Report on vaccination in Madras 1895-1903 - 1895-1903
Year: 1895
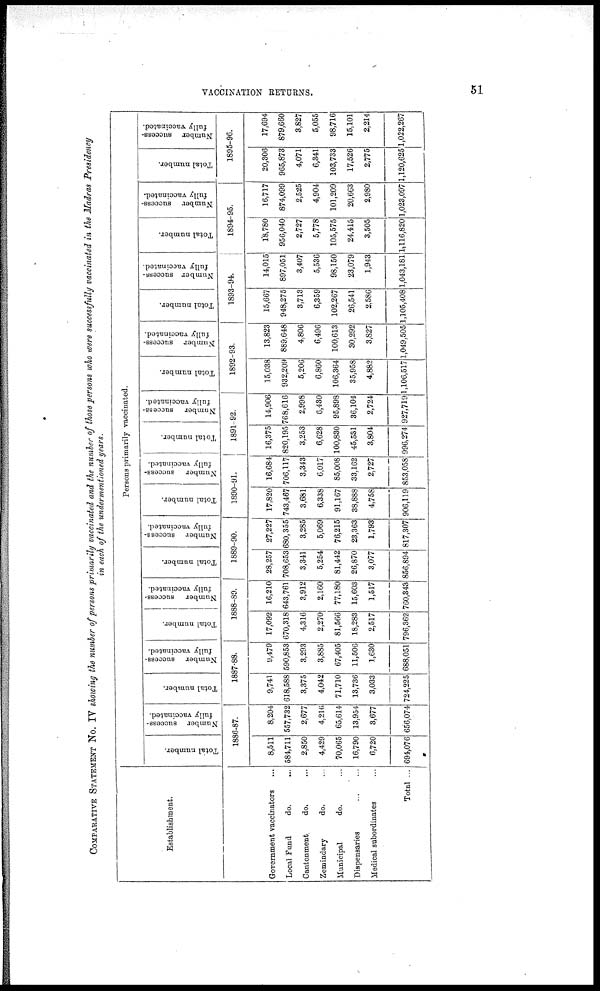
VACCINATION RETURNS.
51
COMPARATIVE STATEMENT No. IV showing the number of persons primarily vaccinated and the number of those persons who were successfully vaccinated in the Madras Presidency
in each of the undermentioned years.
Establishment.
Government vaccinators ...
Local Fund
do. ...
Cantonment.
do. ...
Zemindary
do. ...
Municipal
do. ...
Dispensaries
...
...
Medical subordinates ...
Total ...
Persons primarily vaccinated.
Total number.
Number success-
fully vaccinated.
1886-87.
8,511
584,711
2,850
4,429
70,065
16,790
6,720
694,076
8,204
557,732
2,677
4,216
65,614
13,954
3,677
656,074
Total number.
Number success-
fully vaccinated.
1887-88.
9,741
618,588
3,375
4,042
71,710
13,736
3,033
724,225
9,479
590,853
3,293
3,885
67,405
11,506
1,630
688,051
Total number.
Number success-
fully vaccinated.
1888-89.
17,092
670,318
4,316
2,270
81,566
18,283
2,517
796,362
16,210
643,761
3,912
2,160
77,180
15,603
1,517
760,343
Total number.
Number success-
fully vaccinated.
1889-90.
28,257
708,653
3,341
5,254
81,442
26,870
3,077
856,894
27,227
680,355
3,285
5,069
76,215
23,363
1,793
817,307
Total number.
Number success-
fully vaccinated.
1890-91.
17,820
743,467
3,681
6,338
91,167
38,888
4,758
906,119
16,684
706,117
3,343
6,017
85,008
33,162
2,727
853,058
Total number.
Number success-
fully vaccinated.
1891-92.
16,375
820,195
3,253
6,628
100,830
45,531
3,804
996,274
14,906
768,616
2,998
6,430
95,898
36,104
2,724
927,719
Total number.
Number success-
fully vaccinated.
1892-93.
15,038
932,209
5,206
6,860
106,364
35,958
4,882
1,106,517
13,823
889,648
4,806
6,496
100,613
30,292
3,827
1,049,505
Total number.
Number success-
fully vaccinated.
1893-94.
15,667
948,275
3,713
6,359
102,267
26,541
2,586
1,105,408
14,015
897,051
3,407
5,536
98,150
23,079
1,943
1,043,181
Total number.
Number success-
fully vaccinated.
1894-95.
18,780
956,040
2,727
5,778
105,575
24,415
3,505
1,116,820
16,717
874,099
2,525
4,904
101,209
20,663
2,980
1,023,097
Total number.
Number success-
fully vaccinated.
1895-96.
20,306
965,873
4,071
6,341
103,733
17,526
2,775
1,120,625
17,694
879,660
3,827
5,055
98,716
15,101
2,214
1,022,267